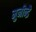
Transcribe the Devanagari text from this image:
मुनीन्द्रै